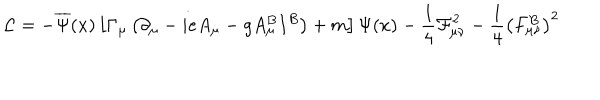
\mathcal { L } = - \overline { { { \Psi } } } ( x ) \left[ \Gamma _ { \mu } \left( \partial _ { \mu } - i e A _ { \mu } - g A _ { \mu } ^ { B } I ^ { B } \right) + m \right] \Psi ( x ) - \frac 1 4 \mathcal { F } _ { \mu \nu } ^ { 2 } - \frac 1 4 \left( F _ { \mu \nu } ^ { B } \right) ^ { 2 }